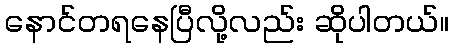
နောင်တရနေပြီလို့လည်း ဆိုပါတယ်။